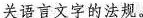
关语言文字的法规。